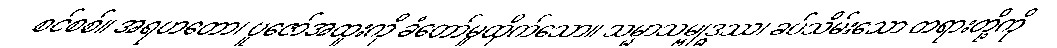
စင်စစ်။ အရဟတော၊ ပူဇော်အထူးကို ခံတော်မူထိုက်သော။ သမ္မာသမ္ဗုဒ္ဓဿ၊ ခပ်သိမ်းသော တရားတို့ကို